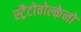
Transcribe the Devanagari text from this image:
स्ट्रैटोवोल्केनो